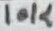
Text: 10K